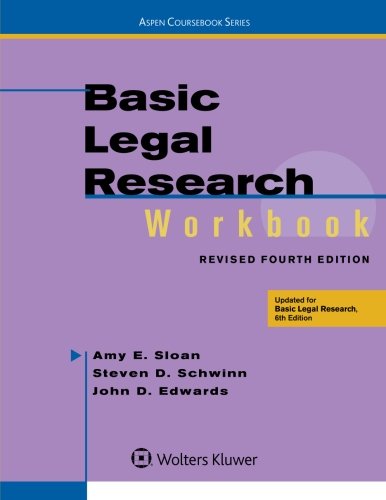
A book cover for Basic Legal Research Workbook Revised (Aspen Coursebook); Amy E. Sloan; Law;